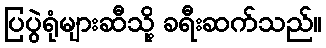
ပြပွဲရုံများဆီသို့ ခရီးဆက်သည်။